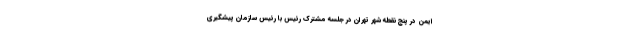
ایمن در پنج نقطه شهر تهران در جلسه مشترک رئیس با رئیس سازمان پیشگیری